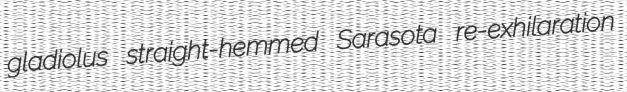
gladiolus straight-hemmed Sarasota re-exhilaration